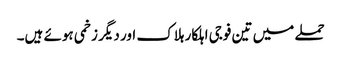
حملے میں تین فوجی اہلکار ہلاک اور دیگر زخمی ہوئے ہیں۔